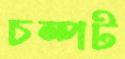
চম্পট